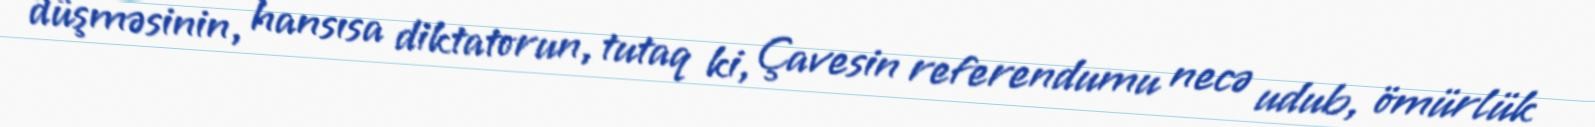
düşməsinin, hansısa diktatorun, tutaq ki, Çavesin referendumu necə udub, ömürlük